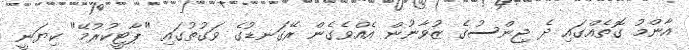
އާންމު ގޮތެއްގައި ދެ ޖިންސުގެ ޒުވާނުން އެއްވެގެން ރޭގަނޑުގެ ވަގުތުގައި "ޕާޓީކުރުމޭ" ކިޔަނީ